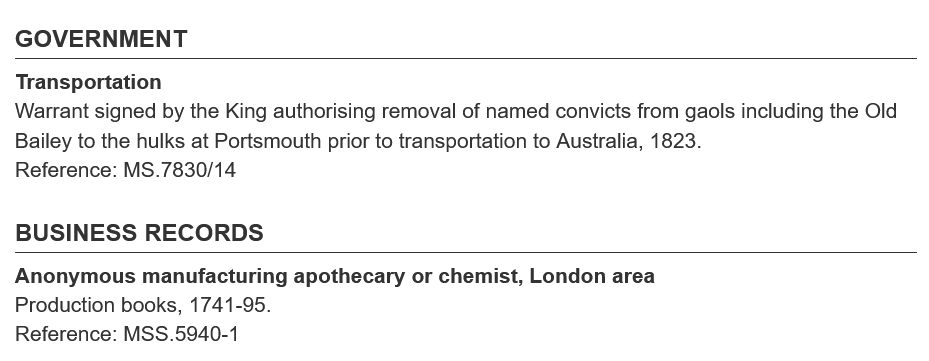
GOVERNMENT
  Transportation
  Warrant signed by the King authorising removal of named convicts from gaols including the Old
  Bailey to the hulks at Portsmouth prior to transportation to Australia, 1823.
  Reference: MS.7830/14
  BUSINESS    RECORDS
  Anonymous  manufacturing apothecary or chemist, London area
  Production books, 1741-95.
  Reference: MSS.5940-1